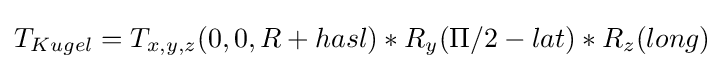
T_{Kugel}=T_{x,y,z}(0,0,R+{hasl})*R_{y}(\Pi /2-{lat})*R_{z}({long})